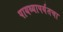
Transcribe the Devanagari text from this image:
पायथ्यापर्यंतचा